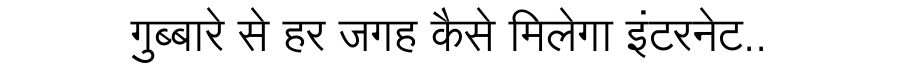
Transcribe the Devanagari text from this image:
गुब्बारे से हर जगह कैसे मिलेगा इंटरनेट..